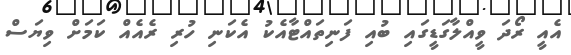
އެއީ ރޯދަ ވީއްލާގަޑީގައި ބުއި ފަނިތައްޓާއެކު އެކަނި ހުރި ރެއެއް ކަމަށް ވިޔަސް